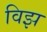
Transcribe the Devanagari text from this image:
विझ